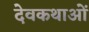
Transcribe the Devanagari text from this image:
देवकथाओं